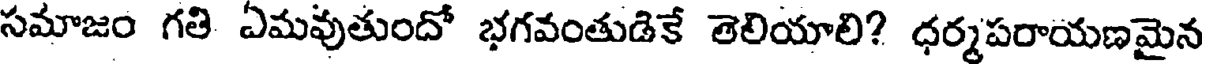
సమాజం గతి ఏమవుతుందో భగవంతుడికే తెలియాలి? ధర్మపరాయణమైన